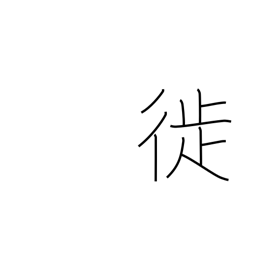
Meaning: move